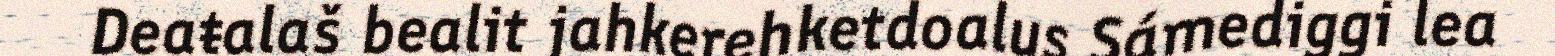
Deaŧalaš bealit jahkerehketdoalus Sámediggi lea